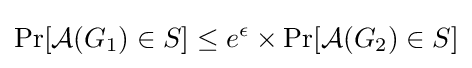
\Pr[{\mathcal {A}}(G_{1})\in S]\leq e^{\epsilon }\times \Pr[{\mathcal {A}}(G_{2})\in S]